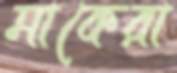
মাকেরা